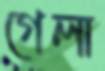
গেলা